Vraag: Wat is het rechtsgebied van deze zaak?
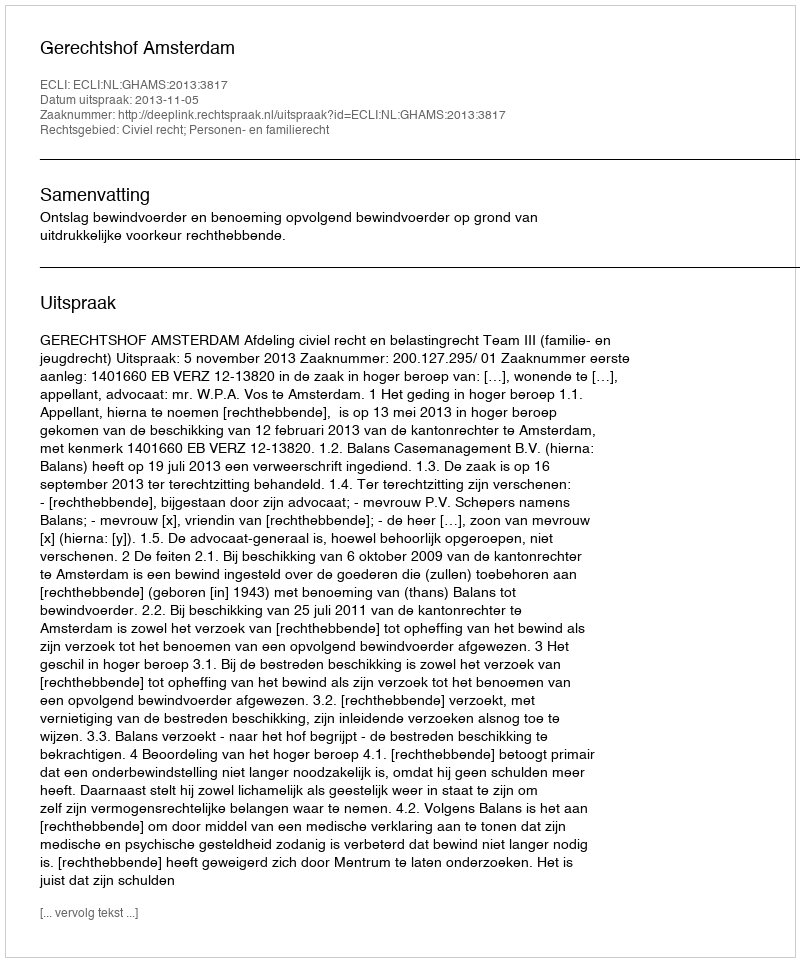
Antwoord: Civiel recht; Personen- en familierecht